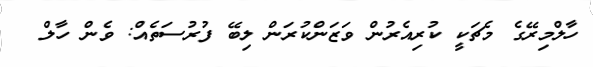
ހާލްމިރޭގެ މެޗަކީ ކުރިއެރުން ވަޒަންކުރަން ލިބޭ ފުރުސަތެއް: ވެން ހާލް